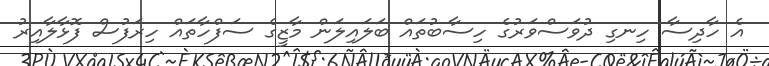
އެ ހާދިސާ ހިނގި ދުވަސްވަރުގެ ހިސާބުތައް ބަލައިލަން މާޒީގެ ސަފްހާތައް ހިރަފުސް ފޮޅާލާއިރު